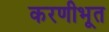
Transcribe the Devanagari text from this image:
करणीभूत